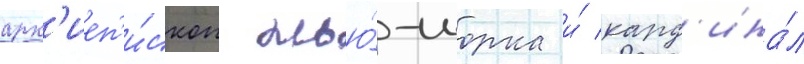
арх'иеп'и́скоп нью́-иорка и́ кард'ина́л